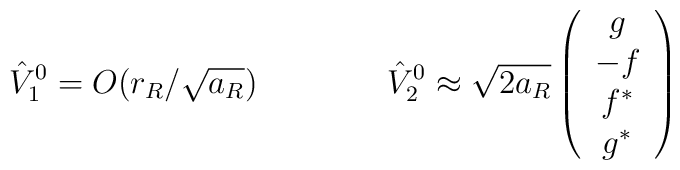
\hat V^0_1 = O(r_R/\sqrt{a_R})   \qquad\qquad      \hat V^0_2 \approx \sqrt{2a_R}   \left(\begin{array}{c}     g \\ -f  \\  f^*\\  g^*  \end{array}\right)